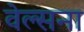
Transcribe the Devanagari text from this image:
वेल्सना